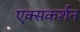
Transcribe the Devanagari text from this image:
एक्सकर्शन